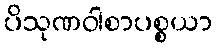
ပိသုဏဝါစာပစ္စယာ